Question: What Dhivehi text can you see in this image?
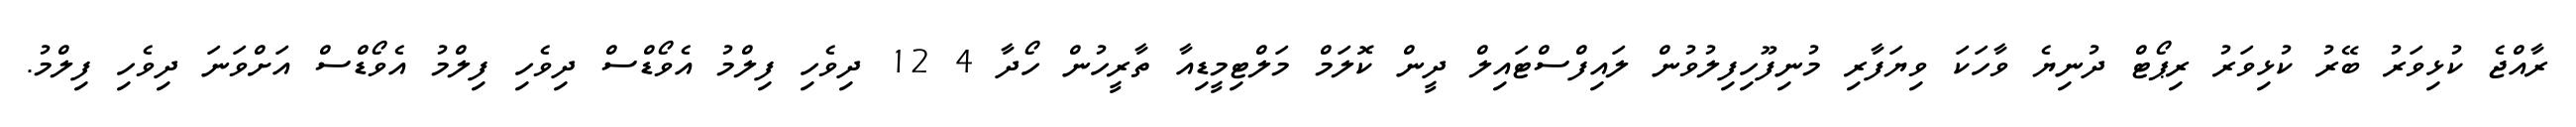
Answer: ރާއްޖެ ކުޅިވަރު ބޭރު ކުޅިވަރު ރިޕޯޓް ދުނިޔެ ވާހަކަ ވިޔަފާރި މުނިފޫހިފިލުވުން ލައިފްސްޓައިލް ދީން ކޮލަމް މަލްޓިމީޑިއާ ތާރީހުން ހޯދާ 4 12 ދިވެހި ފިލްމު އެވޯޑްސް ދިވެހި ފިލްމު އެވޯޑްސް އަށްވަނަ ދިވެހި ފިލްމު.